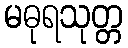
မဓုရသုတ္တ